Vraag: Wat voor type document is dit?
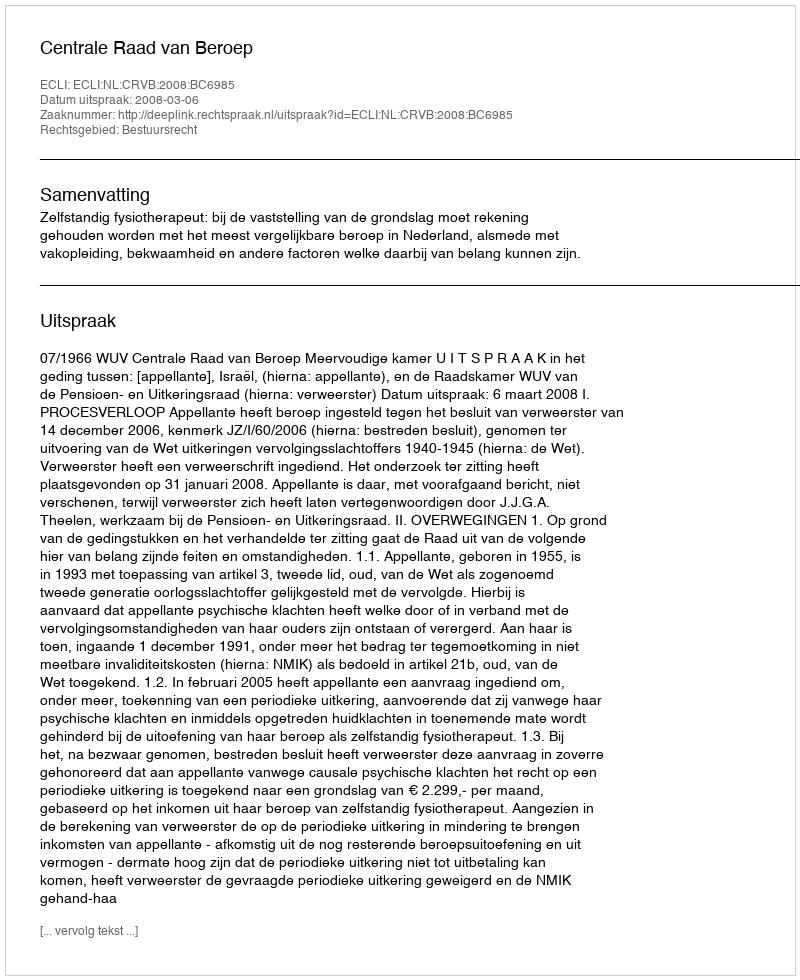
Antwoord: Uitspraak